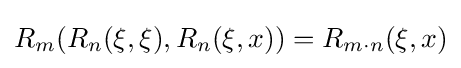
R_{m}(R_{n}(\xi ,\xi ),R_{n}(\xi ,x))=R_{m\cdot n}(\xi ,x)